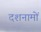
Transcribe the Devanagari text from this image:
दशनामों